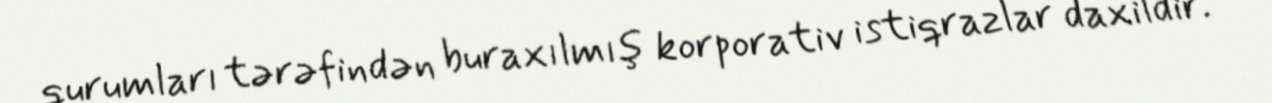
qurumları tərəfindən buraxılmış korporativ istiqrazlar daxildir.